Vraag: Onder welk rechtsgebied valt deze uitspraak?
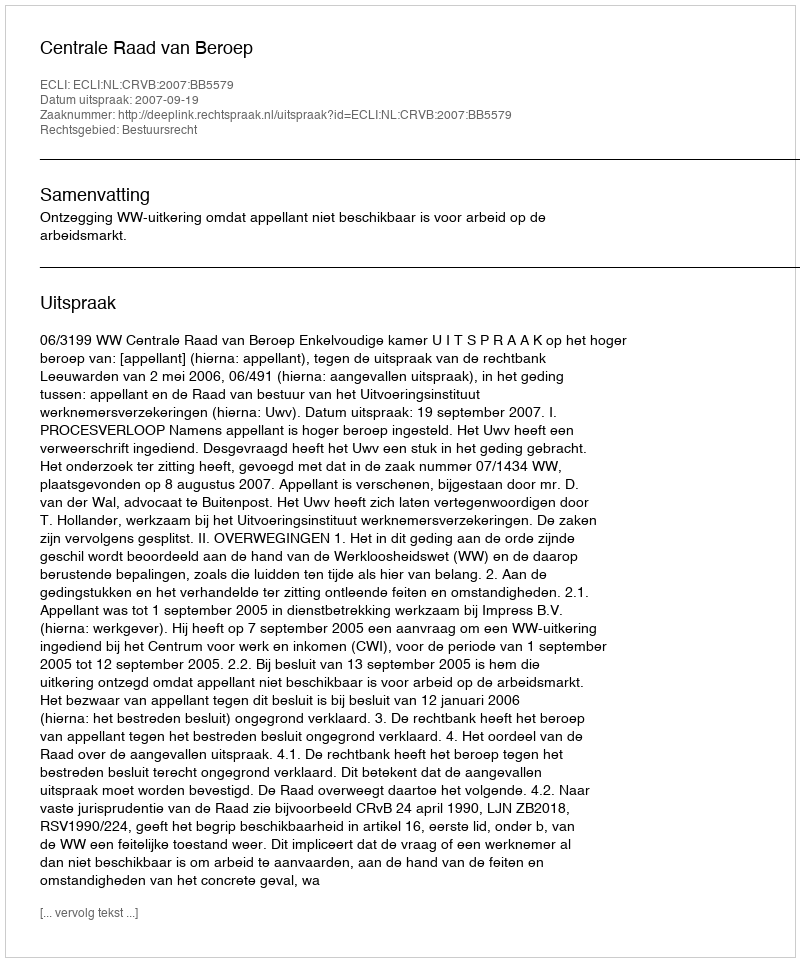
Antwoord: Bestuursrecht